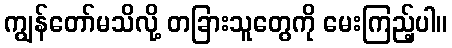
ကျွန်တော်မသိလို့ တခြားသူတွေကို မေးကြည့်ပါ။